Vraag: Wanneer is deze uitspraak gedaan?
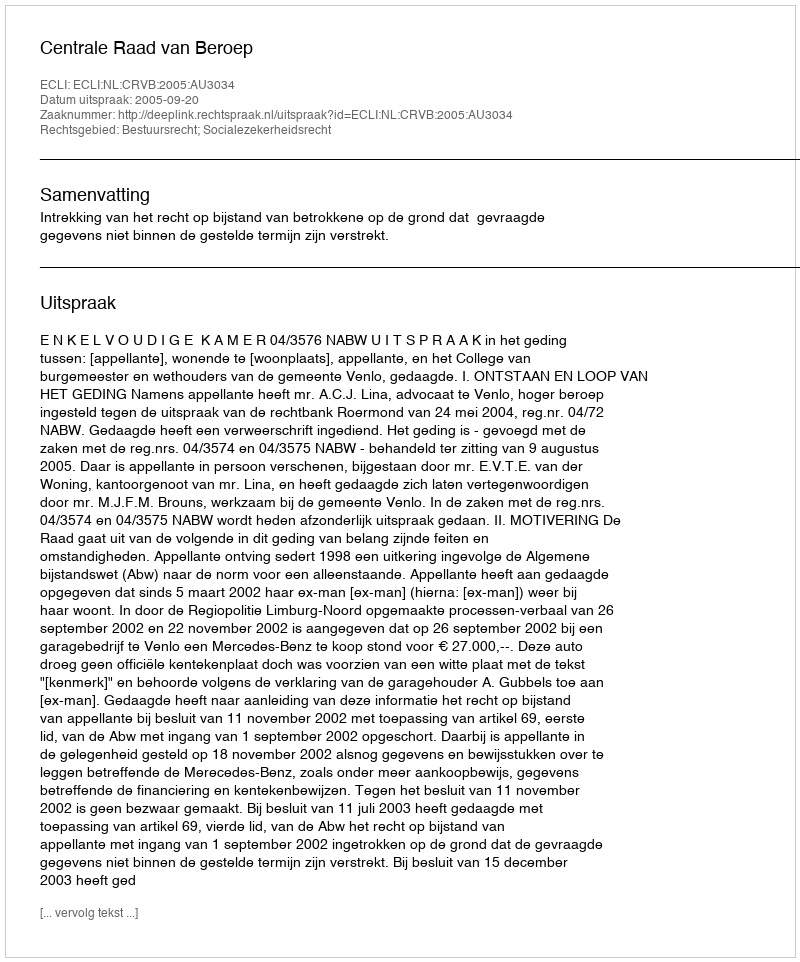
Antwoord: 2005-09-20